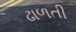
ઢાળતી